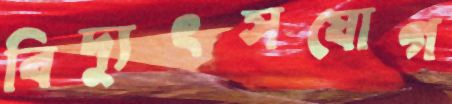
বিদ্যুৎসযোগ